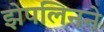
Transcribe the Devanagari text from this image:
झेपलिनने